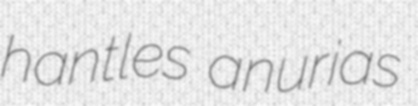
hantles anurias